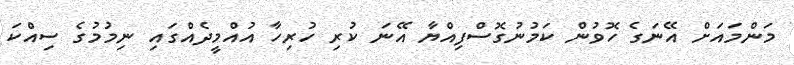
މަންމައަށް އޭނަގެ ހޮވުން ކަމުނުގޮސްފިއްޔާ އޭނަ ކުރި ހުރިހާ އުއްމީދެއްގައި ނިމުމުގެ ސިއްކަ